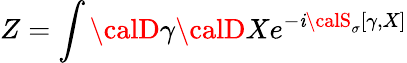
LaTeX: Z=\int{\calD}\gamma{\calD}Xe^{-\mathit{i}{\calS}_{\sigma}[\gamma,X]}